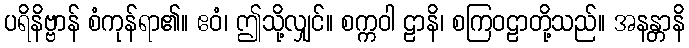
ပရိနိဗ္ဗာန် စံကုန်ရာ၏။ ဧဝံ၊ ဤသို့လျှင်။ စက္ကဝါ ဠာနိ၊ စကြဝဠာတို့သည်။ အနန္တာနိ